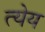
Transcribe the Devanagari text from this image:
त्येय